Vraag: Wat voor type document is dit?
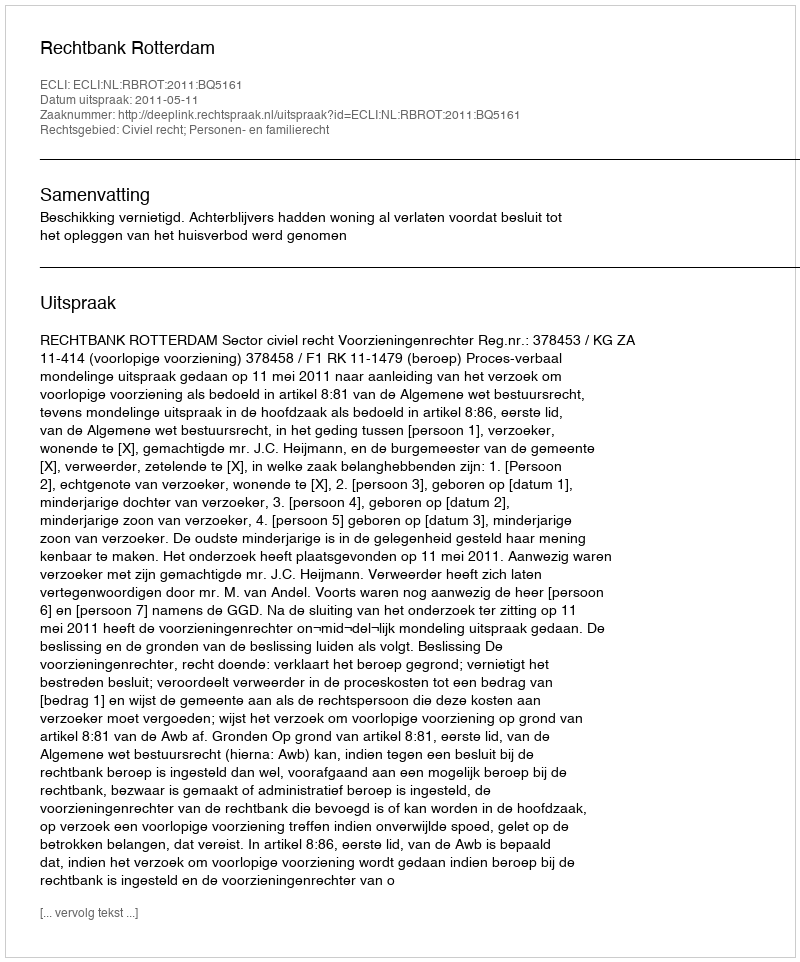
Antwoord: Uitspraak